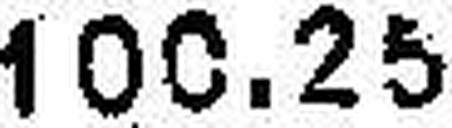
100.26